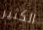
الكثير